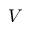
V